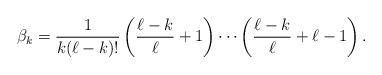
LaTeX: \begin{align*}\beta_{k} = \frac{1}{k(\ell - k)!} \left( \frac{\ell-k}{\ell} + 1 \right) \cdots \left( \frac{\ell - k}{\ell} + \ell - 1 \right).\end{align*}